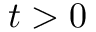
t > 0